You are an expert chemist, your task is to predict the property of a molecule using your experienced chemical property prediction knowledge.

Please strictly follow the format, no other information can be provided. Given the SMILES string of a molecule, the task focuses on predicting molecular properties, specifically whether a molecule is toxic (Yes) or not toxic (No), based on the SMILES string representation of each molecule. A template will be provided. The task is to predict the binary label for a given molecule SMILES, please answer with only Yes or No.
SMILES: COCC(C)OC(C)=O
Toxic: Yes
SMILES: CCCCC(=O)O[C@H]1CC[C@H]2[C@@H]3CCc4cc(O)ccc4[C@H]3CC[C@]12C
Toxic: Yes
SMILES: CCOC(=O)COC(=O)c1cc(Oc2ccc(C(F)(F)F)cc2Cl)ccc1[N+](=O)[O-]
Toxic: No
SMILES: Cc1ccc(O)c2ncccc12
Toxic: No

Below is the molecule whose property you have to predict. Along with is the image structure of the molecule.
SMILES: CN(C(=O)C(Cl)Cl)c1ccc(OC(=O)c2ccco2)cc1
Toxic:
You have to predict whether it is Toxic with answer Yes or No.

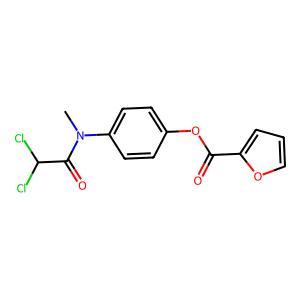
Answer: No